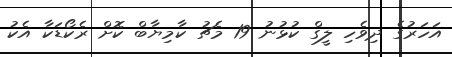
އަހަރުގެ ދިވެހި ލީގް ކުޅުނު 19 މެޗު ކާމިޔާބް ކޮށް ރެކޯޑަކާ އެކު